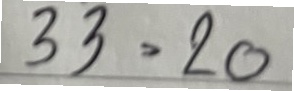
33 = 20